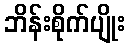
ဘိန်းစိုက်ပျိုး